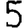
Digit: 5